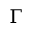
\Gamma